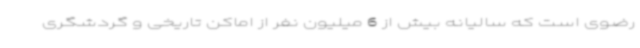
رضوی است که سالیانه بیش از 6 میلیون نفر از اماکن تاریخی و گردشگری